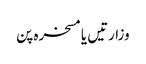
وزارتیں یا مسخرہ پن